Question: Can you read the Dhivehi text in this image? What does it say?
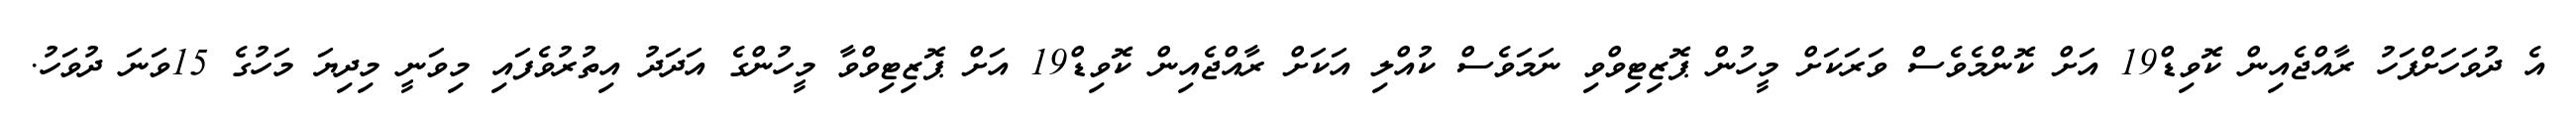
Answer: އެ ދުވަހަށްފަހު ރާއްޖެއިން ކޮވިޑް19 އަށް ކޮންމެވެސް ވަރަކަށް މީހުން ޕޮޒިޓިވްވި ނަމަވެސް ކުއްލި އަކަށް ރާއްޖެއިން ކޮވިޑް19 އަށް ޕޮޒިޓިވްވާ މީހުންގެ އަދަދު އިތުރުވެފައި މިވަނީ މިދިޔަ މަހުގެ 15ވަނަ ދުވަހު.